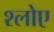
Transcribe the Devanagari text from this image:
श्लोए